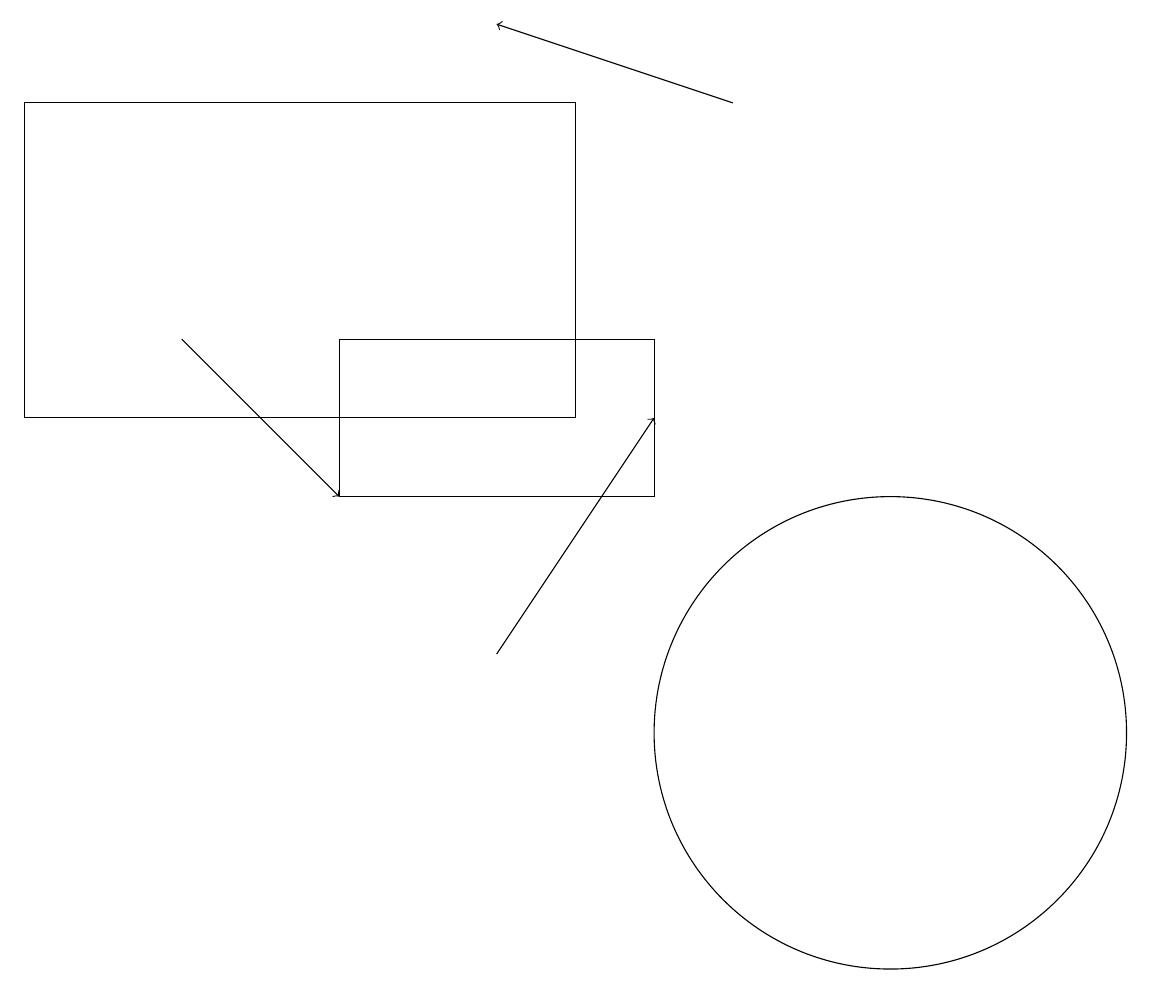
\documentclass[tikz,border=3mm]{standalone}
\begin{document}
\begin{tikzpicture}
\draw (7,14) rectangle (0,18);
\draw[->] (6,11) -- (8,14);
\draw[->] (9,18) -- (6,19);
\draw (8,13) rectangle (4,15);
\draw (11,10) circle (3);
\draw[->] (2,15) -- (4,13);
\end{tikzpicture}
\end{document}